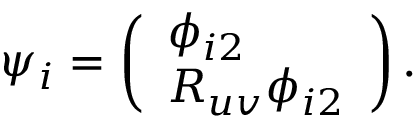
\psi _ { i } = \left( \begin{array} { l } { { \phi _ { i 2 } } } \\ { { R _ { u v } \phi _ { i 2 } } } \end{array} \right) .